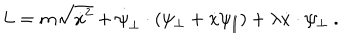
LaTeX: L = m \sqrt { \dot { x } ^ { 2 } } + \dot { \psi } _ { \perp } \cdot ( \psi _ { \perp } + \dot { x } \psi _ { \parallel } ) + \lambda \dot { x } \cdot \psi _ { \perp } \ .